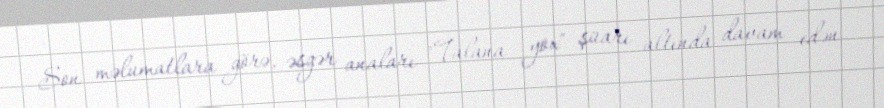
Son məlumatlara görə, əsgər anaları "Talana yox" şüarı altında davam edən